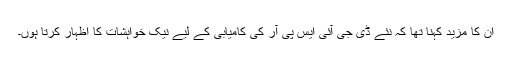
ان کا مزید کہنا تھا کہ نئے ڈی جی آئی ایس پی آر کی کامیابی کے لیے نیک خواہشات کا اظہار کرتا ہوں۔